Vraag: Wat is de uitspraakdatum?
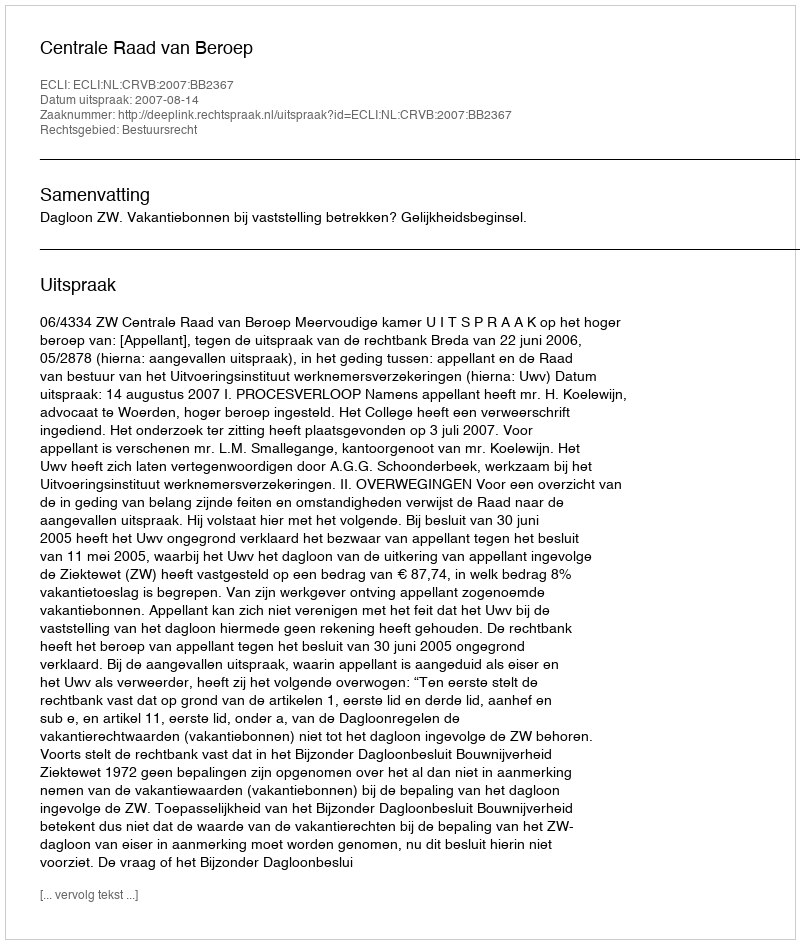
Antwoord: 2007-08-14